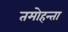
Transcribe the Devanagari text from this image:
तमोहन्ता